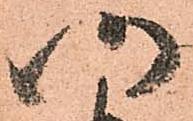
仍